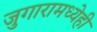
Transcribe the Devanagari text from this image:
जुगारामध्येही